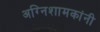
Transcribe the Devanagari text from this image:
अग्निशामकांनी